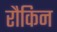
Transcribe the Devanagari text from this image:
रौकिन